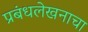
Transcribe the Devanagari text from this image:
प्रबंधलेखनाचा